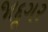
જાદૂગર